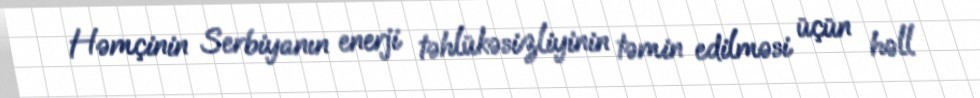
Həmçinin Serbiyanın enerji təhlükəsizliyinin təmin edilməsi üçün həll